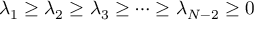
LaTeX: \lambda _ { 1 } \geq \lambda _ { 2 } \geq \lambda _ { 3 } \geq \cdots \geq \lambda _ { N - 2 } \geq 0